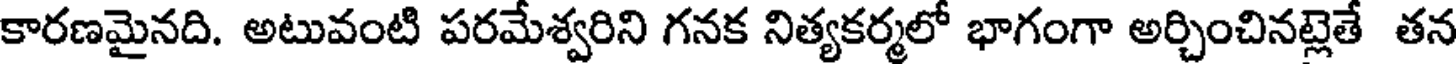
కారణమైనది. అటువంటి పరమేశ్వరిని గనక నిత్యకర్మలో భాగంగా అర్చించినట్లెతే తన